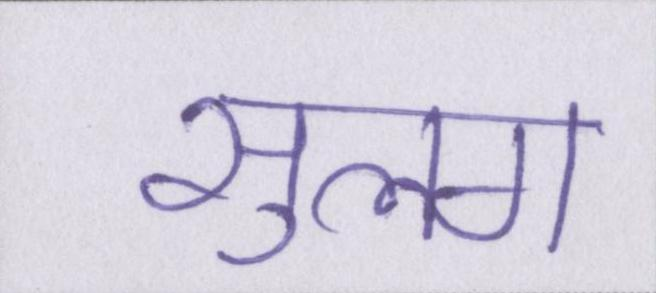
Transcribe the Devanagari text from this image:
सुलग